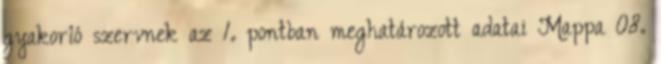
gyakorló szervnek az 1. pontban meghatározott adatai Mappa 08.